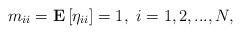
LaTeX: \begin{align*}m_{ii}=\mathbf{E}\left[ \eta _{ii}\right] =1,\ i=1,2,...,N, \end{align*}